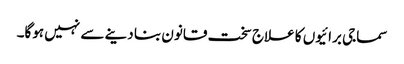
سماجی برائیوں کا علاج سخت قانون بنا دینے سے نہیں ہوگا۔